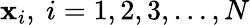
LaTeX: \mathbf{x}_{i},\ i=1,2,3,\dotsc,N